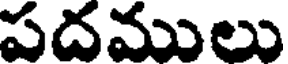
పదములు